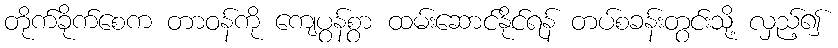
တိုက်ခိုက်စေက တာဝန်ကို ကျေပွန်စွာ ထမ်းဆောင်နိုင်ရန် တပ်စခန်းတွင်းသို့ လှည့်၍